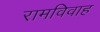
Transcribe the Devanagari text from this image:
रामविवाह